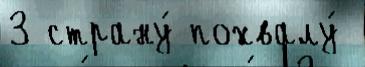
3 страну́ похвалу́